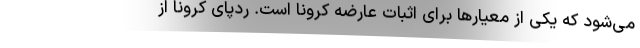
می‌شود که یکی از معیارها برای اثبات عارضه کرونا است. ردپای کرونا از